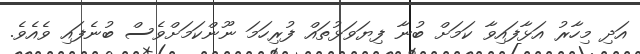
އަދި މިހާރު އަޅާފައިވާ ކަމަށް ބުނާ ފިޔަވަޅުތައް ފުރިހަމަ ނޫންކަމަށްވެސް ބުނެފައި ވެއެވެ.